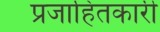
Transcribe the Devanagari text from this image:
प्रजाहितकारी